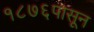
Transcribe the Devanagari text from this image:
१८७६पासून